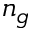
n _ { g }